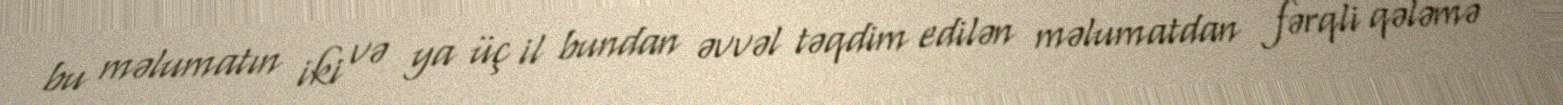
bu məlumatın iki və ya üç il bundan əvvəl təqdim edilən məlumatdan fərqli qələmə